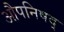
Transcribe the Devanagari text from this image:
औपनिषद्